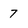
Character: 7